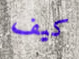
كيف